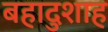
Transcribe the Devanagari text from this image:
बहादुशाह